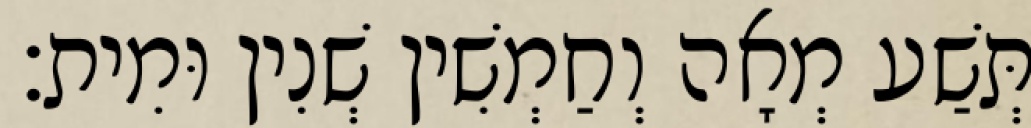
תְּשַׁע מְאָה וְחַמְשִׁין שְׁנִין וּמִית׃